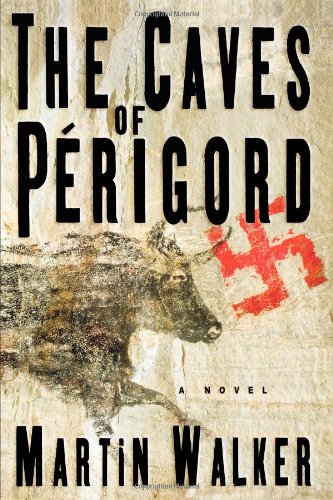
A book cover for The Caves of Perigord: A Novel; Martin Walker; Literature & Fiction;